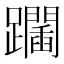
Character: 𨇧